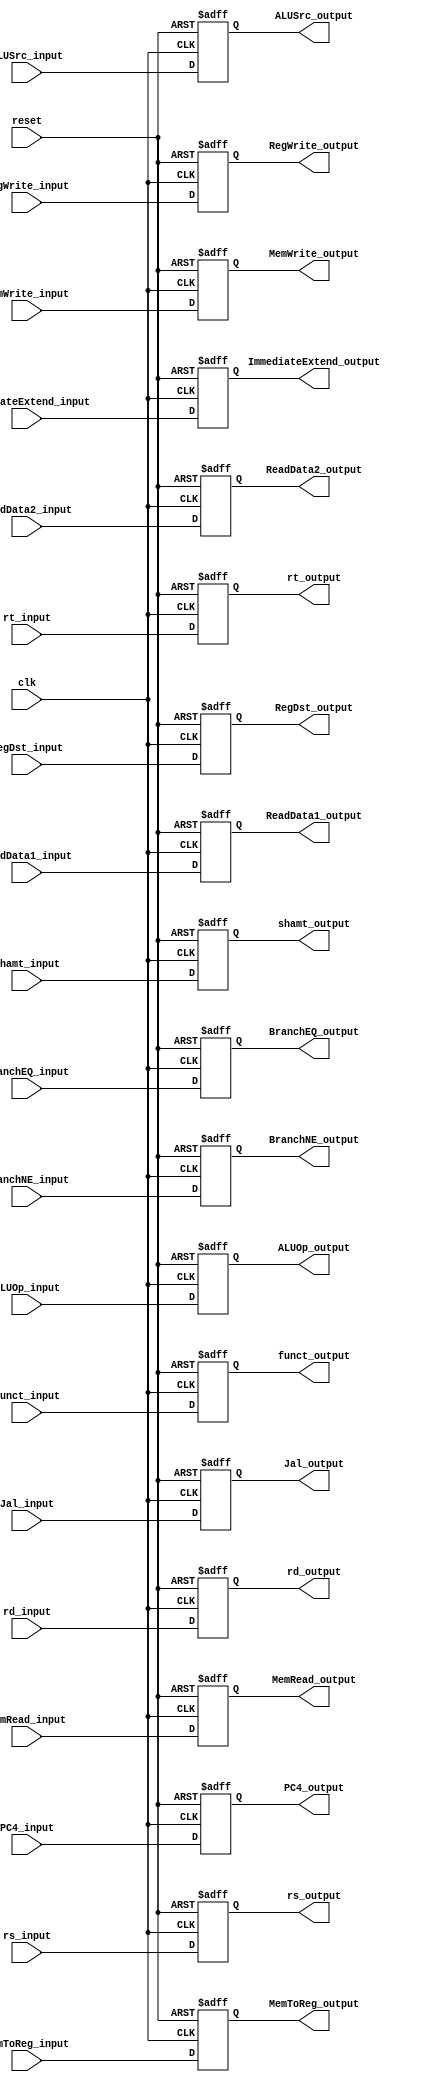
module Register_ID_EX
(
	//classic
	input clk,
	input reset,
	input  [31:0] PC4_input,
	input  [31:0] ReadData1_input,
	input  [31:0] ReadData2_input,
	//control signals	
   input Jal_input,
	input RegDst_input,	
	input BranchEQ_input,
	input BranchNE_input,
	input MemRead_input,
	input MemToReg_input,
	input MemWrite_input,
	input ALUSrc_input,
	input RegWrite_input,
	input [3:0] ALUOp_input,
	input [5:0] funct_input, 
	//instruction
	input  [31:0] ImmediateExtend_input,
	input  [4:0] rs_input,
	input  [4:0] rt_input,
	input  [4:0] rd_input,
	input  [4:0] shamt_input,
	
	//classic
	output reg [31:0] PC4_output,
	output reg [31:0] ReadData1_output,
	output reg [31:0] ReadData2_output,
	//control signals	
   output reg Jal_output,
	output reg RegDst_output,	
	output reg BranchEQ_output,
	output reg BranchNE_output,
	output reg MemRead_output,
	output reg MemToReg_output,
	output reg MemWrite_output,
	output reg ALUSrc_output,
	output reg RegWrite_output,
	output reg [3:0]ALUOp_output,
	output reg [5:0] funct_output, 
	//instruction
	output reg [31:0] ImmediateExtend_output,
	output reg [4:0] rs_output,
	output reg [4:0] rt_output,
	output reg [4:0] rd_output,
	output reg [4:0] shamt_output

);

always@(negedge reset or posedge clk) begin
	if(reset==0)
		begin		
			PC4_output  <= 0;
			ReadData1_output <= 0;
			ReadData2_output <= 0;
			Jal_output <= 0;
			RegDst_output <= 0;	
			BranchEQ_output <= 0;
			BranchNE_output <= 0;
			MemRead_output <= 0;
			MemToReg_output <= 0;
			MemWrite_output <= 0;
			ALUSrc_output <= 0;
			RegWrite_output <= 0;
			ALUOp_output <= 0;
			funct_output <= 0; 
			ImmediateExtend_output <= 0;
			rs_output <= 0;
			rt_output <= 0;
			rd_output <= 0;
			shamt_output <= 0;
		end
	else 
		begin
			PC4_output  <= PC4_input;
			ReadData1_output <= ReadData1_input;
			ReadData2_output <= ReadData2_input;
			Jal_output <= Jal_input;
			RegDst_output <= RegDst_input;	
			BranchEQ_output <= BranchEQ_input;
			BranchNE_output <= BranchNE_input;
			MemRead_output <= MemRead_input;
			MemToReg_output <= MemToReg_input;
			MemWrite_output <= MemWrite_input;
			ALUSrc_output <= ALUSrc_input;
			RegWrite_output <= RegWrite_input;
			ALUOp_output <= ALUOp_input;
			funct_output <= funct_input; 
			ImmediateExtend_output <= ImmediateExtend_input;
			rs_output <= rs_input;
			rt_output <= rt_input;
			rd_output <= rd_input;
			shamt_output <= shamt_input;
		end
end

endmodule
//register//